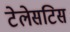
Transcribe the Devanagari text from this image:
टेलेसटिस